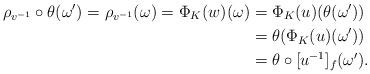
LaTeX: \begin{align*} \rho_{{v}^{-1}} \circ \theta(\omega') = \rho_{{v}^{-1}}(\omega)= \Phi_K(w)(\omega) & = \Phi_K(u)(\theta(\omega')) \\ & = \theta (\Phi_K(u)(\omega')) \\ & = \theta \circ [u^{-1}]_f (\omega').\end{align*}